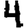
Digit: 4